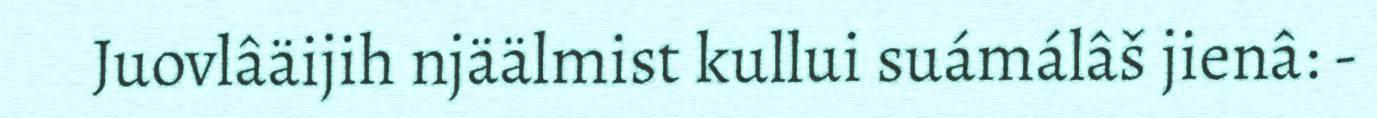
Juovlâäijih njäälmist kullui suámálâš jienâ: -